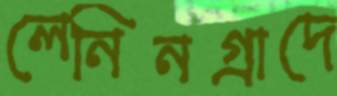
লেনিনগ্রাদে